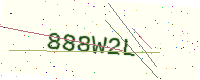
Text: 888W2L